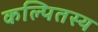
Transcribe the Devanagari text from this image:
कल्पितस्य